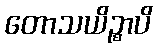
တောသယိဉ္စာပိ